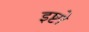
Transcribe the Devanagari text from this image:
इष्टो